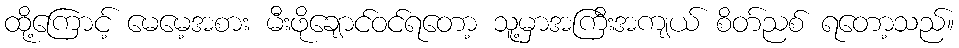
ထို့ကြောင့် မေမေ့အစား မီးဖိုချောင်ဝင်ရတော့ သူ့မှာအကြီးအကျယ် စိတ်ညစ် ရတော့သည်။